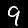
Digit: 9